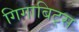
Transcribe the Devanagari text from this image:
गिगाबिट्स